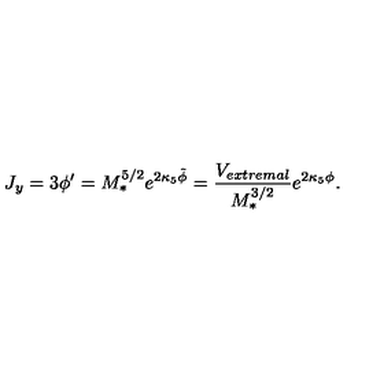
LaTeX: J _ { y } = 3 \phi ^ { \prime } = M _ { * } ^ { 5 / 2 } e ^ { 2 \kappa _ { 5 } \tilde { \phi } } = \frac { V _ { e x t r e m a l } } { M _ { * } ^ { 3 / 2 } } e ^ { 2 \kappa _ { 5 } \phi } .